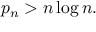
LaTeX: p _ { n } > n \log n .